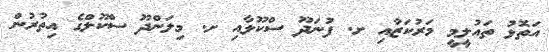
އަތޮޅު ތައުލީމީ މަރުކަޒާއި ށ. ފުނަދޫ ސްކޫލާއި ށ. މިލަންދޫ ސްކޫލްގެ އިތުރުން